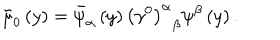
LaTeX: \tilde { \mu } _ { 0 } \left( y \right) = \bar { \psi } _ { \alpha } \left( y \right) \left( \gamma ^ { 0 } \right) _ { \; \; \beta } ^ { \alpha } \psi ^ { \beta } \left( y \right) .